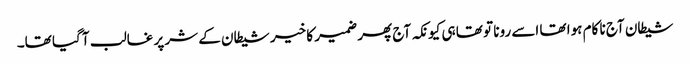
شیطان آج نا کام ہوا تھا اسے رونا تو تھا ہی کیونکہ آج پھر ضمیر کا خیر شیطان کے شر پر غالب آ گیا تھا۔